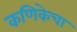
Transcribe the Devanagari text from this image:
कणिकेचा